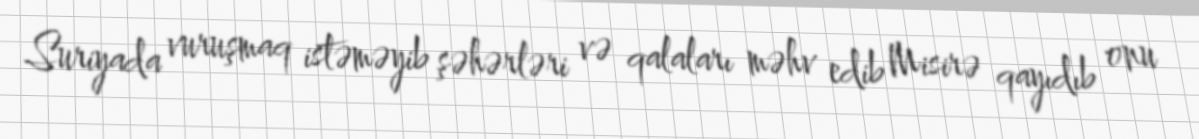
Suriyada vuruşmaq istəməyib şəhərləri və qalaları məhv edib Misirə qayıdıb onu